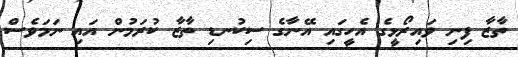
ތާޒާ ފިނި ވައިރޯޅީގެ އެހީގައި އޭނާގެ ސިކުނޑި ތާޒާ ކުރަމުން އައި ނަމަވެސް